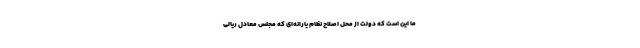
ما این است که دولت از محل اصلاح نظام یارانه‌ای که مجلس معادل ریالی